Indian journal of veterinary science and animal husbandry - Volumes 28-29, 1958-1959
Year: 1958
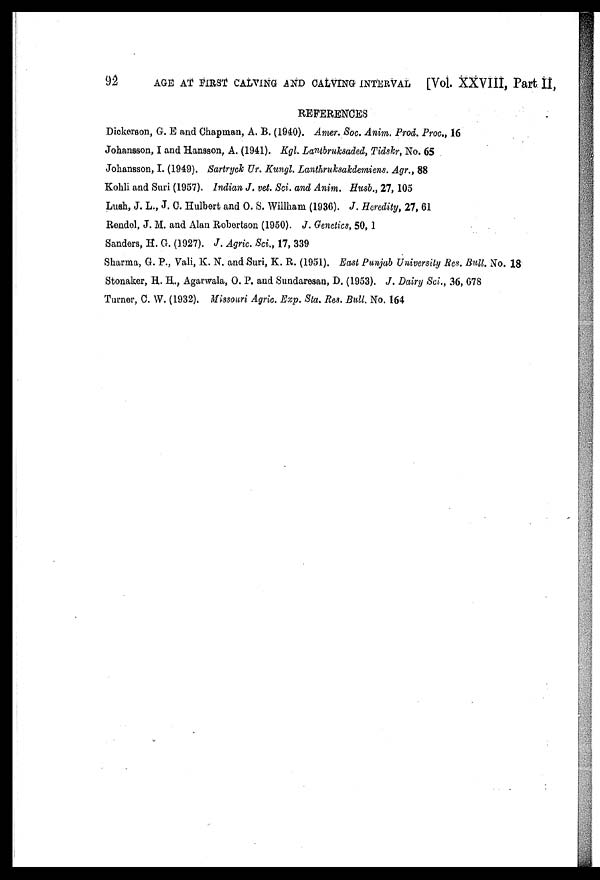
92
AGE AT FIRST CALVING AND CALVING INTERVAL [Vol. XXVIII, Part II,
REFERENCES
Dickerson, G. E and Chapman, A. B. (1940). Amer. Soc. Anim. Prod. Proc., 16
Johansson, I and Hansson, A. (1941). Kgl. Lantbruksaded, Tidskr, No. 65
Johansson, I. (1949). Sartryck Ur. Kungl. Lanthruksakdemiens. Agr., 88
Kohli and Suri (1957). Indian J. vet. Sci. and Anim. Husb., 27, 105
Lush, J. L., J. C. Hulbert and O. S. Willham (1936). J. Heredity, 27, 61
Rendol, J. M. and Alan Robertson (1950). J. Genetics, 50, 1
Sanders, H. G. (1927). J. Agric. Sci., 17, 339
Sharma, G. P., Vali, K. N. and Suri, K. R. (1951). East Punjab University Res. Bull. No. 18
Stonaker, H. H., Agarwala, O. P. and Sundaresan, D. (1953). J. Dairy Sci., 36, 678
Turner, C. W. (1932). Missouri Agric. Exp. Sta. Res. Bull. No. 164